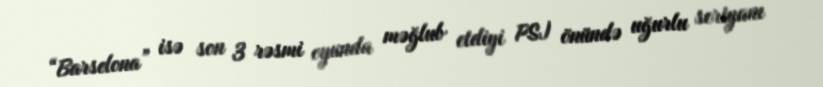
“Barselona” isə son 3 rəsmi oyunda məğlub etdiyi PSJ önündə uğurlu seriyanı